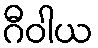
ဂီဝါယ